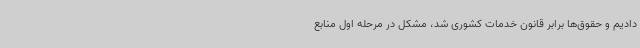
دادیم و حقوق‌ها برابر قانون خدمات کشوری شد، مشکل در مرحله‌ اول منابع